Annual report of lunatic asylums [Bombay] - 1912-1922
Year: 1912
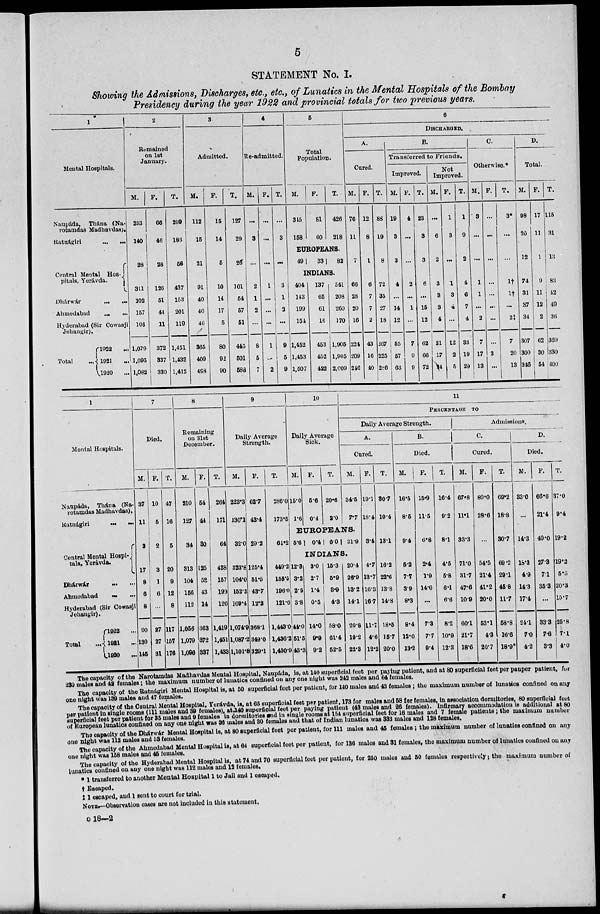
5
STATEMENT No. I.
Showing the Admissions, Discharges, etc., etc., of Lunatics in the Mental Hospitals of the Bombay
Presidency during the year 1922 and provincial totals for two previous years.
1
Mental Hospitals.
Naupáda, Thána (Na-
rotamdas Madhavdas).
Ratnágiri ... ...
Central Mental Hos-
pitals, Yerávda.
Dhárwár
... ...
Ahmedabad ... ...
Hyderabad (Sir Cowasji
Jehangir).
Total ...
1922 ...
1921 ...
1920
...
2
Remained
on 1st
January.
M.
233
140
28
311
102
157
103
1,079
1,095
1,082
F.
66
46
28
126
51
44
11
372
337
330
T.
299
186
56
437
153
201
119
1,451
1,432
1,412
3
Admitted.
M.
112
15
21
91
40
40
46
365
409
498
F.
15
14
5
10
14
17
5
80
92
90
T.
127
29
26
101
54
57
51
445
501
588
4
Re-admitted.
M. F.
...
3
...
2
1
2
...
8
5
7
...
...
...
1
...
1
...
1
...
2
T.
...
3
...
3
1
2
...
9
5
9
5
Total
Population.
M.
345
158
F.
81
60
T.
426
218
EUROPEANS.
49
33
82
INDIANS.
404
143
199
154
1,452
1,453
1,507
137
65
61
16
453
452
422
541
208
260
170
1,905
1,905
2,009
6
DISCHARGED.
A.
Cured.
M.
76
11
7
66
28
20
16
224
209
216
F.
12
8
1
6
7
7
2
43
16
40
T.
88
19
8
72
35
27
18
267
225
286
B.
Transferred to Friends.
Improved.
M.
19
3
3
4
...
14
12
55
57
63
F.
4
...
...
2
...
1
...
7
9
9
T.
23
3
3
6
...
15
12
62
66
72
Not
Improved.
M. F.
...
6
2
3
3
3
4
21
17
24
1
3
...
1
3
4
...
12
2
5
T.
1
9
2
4
6
7
4
33
19
29
C.
Otherwise.*
M.
3
...
...
1
1
...
2
7
17
13
F.
...
...
...
...
...
...
...
...
3
...
T.
3*
...
...
1†
1†
...
2‡
7
20
13
D.
Total.
M.
98
20
12
74
31
37
34
307
300
346
F.
17
11
1
9
11
12
2
62
30
54
T.
115
31
13
83
42
49
36
369
330
400
1
Mental Hospitals.
Naupáda, Thána (Na-
rotamdas Madhavdas),
Ratnágiri ... ...
Central Mental Hospi-
tals, Yerávda.
Dhárwár ... ...
Ahmedabad
...
...
Hyderabad (Sir Cowasji
Jehangir).
Total ...
1922
...
1921
...
1920
...
7
Died.
M.
37
11
3
17
8
6
8
90
130
145
F.
10
5
2
3
1
6
...
27
27
31
T.
47
16
5
20
9
12
8
117
157
176
8
Remaining
on 31st
December.
M.
210
127
34
313
104
166
112
1,056
1,079
1,096
F.
54
44
30
125
53
43
14
363
372
337
T.
264
171
64
438
157
199
126
1,419
1,451
1,433
9
Daily Average
Strength.
M.
223.3
130.1
32.0
323.8
104.0
152.3
109.4
1,074.9
1,087.2
1,101.8
F.
62.7
43.4
29.2
125.4
51.5
43.7
12.2
368.1
349.0
329.1
T.
286.0
173.5
61.2
449.2
155.5
196.0
121.6
1,443.0
1,436.2
1,430.9
10
Daily Average
Sick.
M.
15.0
1.6
F.
5.6
0.4
T.
20.6
2.0
11
PERCENTAGE TO
Daily Average Strength.
A.
Cured.
M.
34.5
7.7
EUROPEANS.
5.6
0.4 6.0
21.9
INDIANS.
12.3
3.2
2.5
3.8
44.0
51.5
43.3
3.0
2.7
1.4
0.5
14.0
9.9
9.2
15.3
5.9
3.9
4.3
58.0
61.4
52.5
20.4
26.9
13.2
14.1
20.8
19.2
22.3
F.
19.1
18.4
3.4
4.7
13.7
16.3
16.7
11.7
4.6
12.2
T.
30.7
10.4
13.1
16.2
22.6
13.8
14.8
18.5
15.7
20.0
B.
Died.
M.
16.5
8.5
9.4
5.2
7.7
3.9
8.3
8.4
12.0
13.2
F.
15.9
11.5
6.8
2.4
1.9
14.0
...
7.3
7.7
9.4
T.
16.4
9.2
8.1
4.5
5.8
6.1
6.6
8.2
10.9
12.3
Admissions.
C.
Cured.
M.
67.8
11.1
33.3
71.0
31.7
47.6
10.9
60.1
21.7
18.6
F.
80.0
28.6
...
54.5
21.4
41.2
20.0
53.1
4.3
20.7
T.
69.2
18.8
30.7
69.2
29.1
45.8
11.7
58.8
16.6
18.9
D.
Died.
M.
33.0
...
14.3
18.3
4.9
14.3
17.4
24.1
7.0
4.2
F.
66.6
21.4
40.0
27.3
7.1
35.3
...
33.3
7.6
3.3
T.
37.0
9.4
19.2
19.3
5.5
20.3
15.7
25.8
7.1
4.0
The capacity of the Narotamdas Madhavdas Mental Hospital, Naupáda, is, at 140 superficial feet per paying patient, and at 80 superficial feet per pauper patient, for
230 males and 42 females; the maximum number of lunatics confined on any one night was 242 males and 64 females.
The capacity of the Ratnágiri Mental Hospital is, at 50 superficial feet per patient, for 140 males and 43 females; the maximum number of lunatics confined on any
one night was 139 males and 47 females.
The capacity of the Central Mental Hospital, Yerávda, is, at 65 superficial feet per patient, 173 for males and 58 for females, in association dormitories, 80 superficial feet
per patient in single rooms (111 males and 39 females), at 140 superficial feet per paying patient (43 males and 26 females). Infirmary accommodation is additional at 80
superficial feet per patient for 35 males and 9 females in dormitories and in single rooms at 154 superficial feet for 16 males and 7 female patients; the maximum number
of European lunatics confined on any one night was 36 males and 80 females and that of Indian lunatics was 333 males and 128 females.
The capacity of the Dhárwár Mental Hospital is, at 80 superficial feet per patient, for 111 males and 45 females; the maximum number of lunatics confined on any
one night was 112 males and 53 females.
The capacity of the Ahmedabad Mental Hospital is, at 64 superficial feet per patient, for 136 males and 31 females, the maximum number of lunatics confined on any
one night was 158 males and 45 females.
The capacity of the Hyderabad Mental Hospital is, at 74 and 70 superficial feet per patient, for 250 males and 50 females respectively ; the maximum number of
lunatics confined on any one night was 112 males and 12 females.
* 1 transferred to another Mental Hospital 1 to Jail and 1 escaped.
† Escaped.
‡ escaped, and 1 sent to court for trial.
NOTE.—Observation cases are not included in this statement.
o 18—2